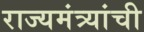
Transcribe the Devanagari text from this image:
राज्यमंत्र्यांची